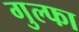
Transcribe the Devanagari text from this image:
गुल्फा